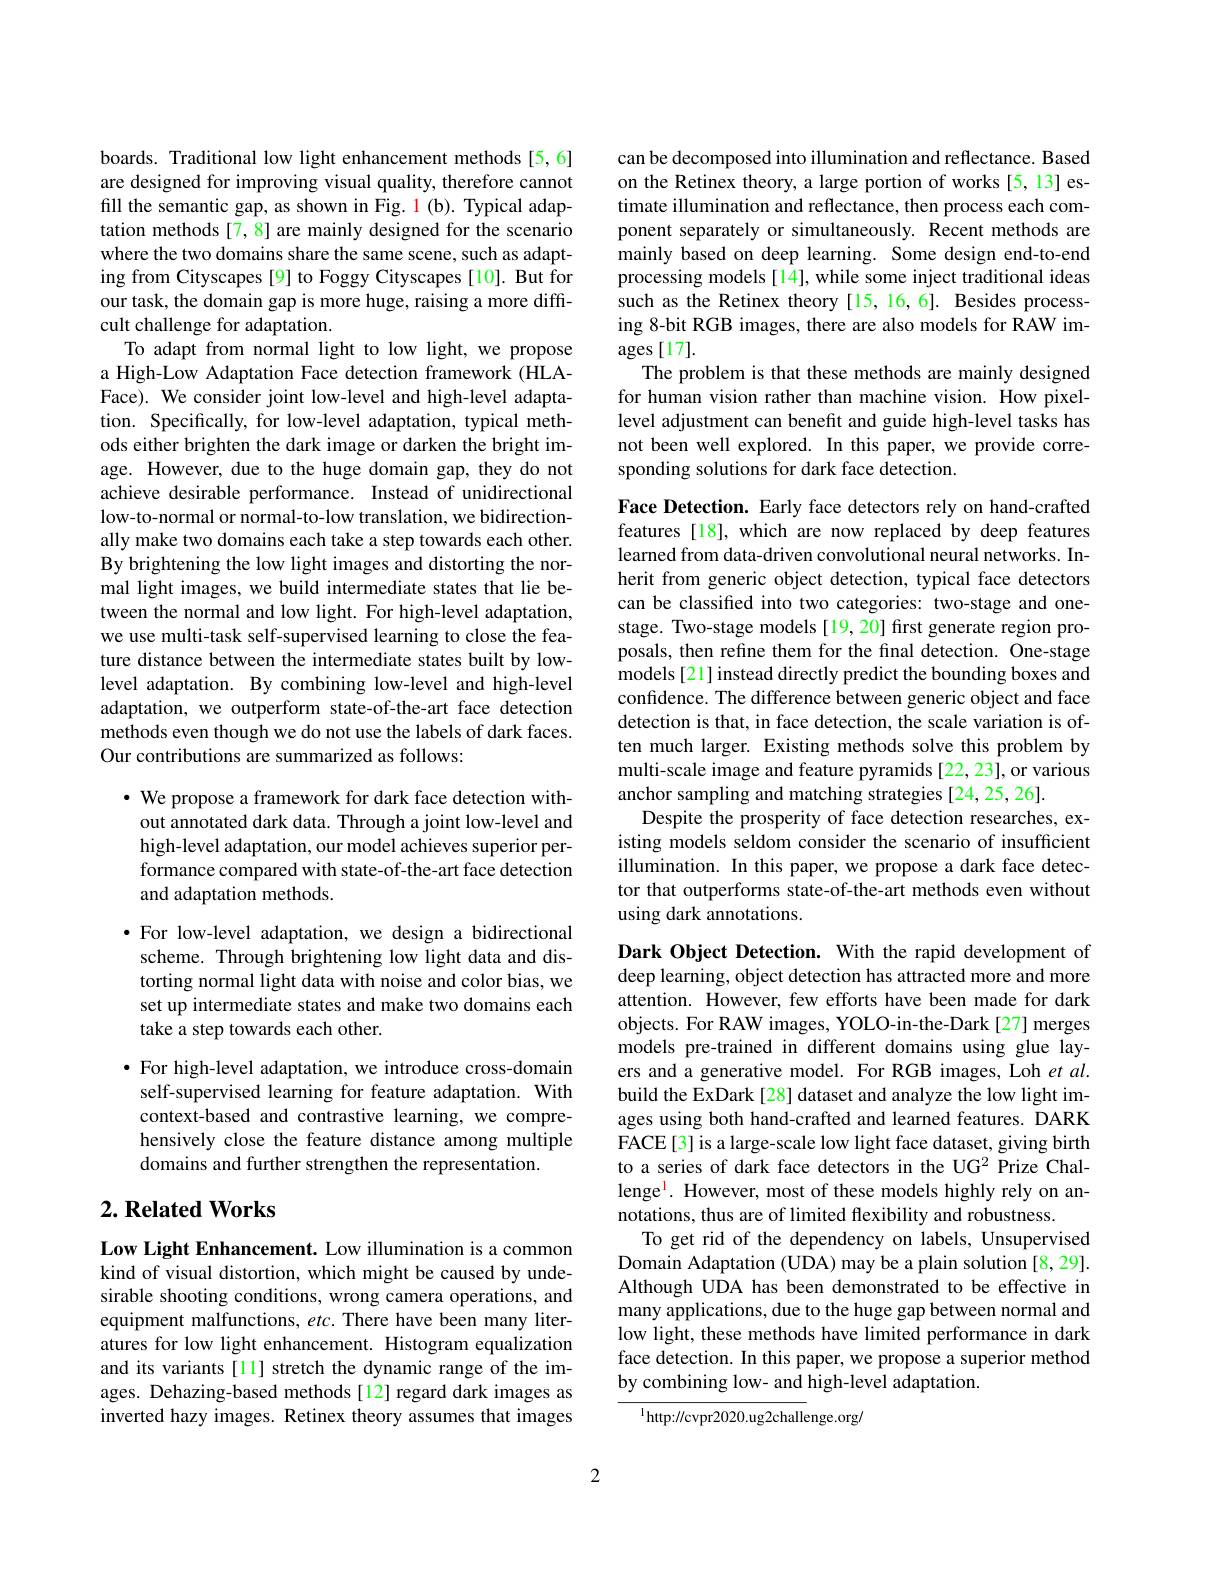
boards. Traditional low light enhancement methods [5,6] are designed for improving visual quality, therefore cannot fill the semantic gap, as shown in Fig. 1 (b). Typical adaptation methods [7,8] are mainly designed for the scenario where the two domains share the same scene, such as adapting from Cityscapes [9] to Foggy Cityscapes [10]. But for our task, the domain gap is more huge, raising a more difficult challenge for adaptation.
To adapt from normal light to low light, we propose a High-Low Adaptation Face detection framework (HLAFace). We consider joint low-level and high-level adaptation. Specifically, for low-level adaptation, typical methods either brighten the dark image or darken the bright image. However, due to the huge domain gap, they do not achieve desirable performance. Instead of unidirectional low-to-normal or normal-to-low translation, we bidirectionally make two domains each take a step towards each other. By brightening the low light images and distorting the normal light images, we build intermediate states that lie between the normal and low light. For high-level adaptation, we use multi-task self-supervised learning to close the feature distance between the intermediate states built by lowlevel adaptation. By combining low-level and high-level adaptation, we outperform state-of-the-art face detection methods even though we do not use the labels of dark faces. Our contributions are summarized as follows:

$\cdot$ We propose a framework for dark face detection without annotated dark data. Through a joint low-level and high-level adaptation, our model achieves superior performance compared with state-of-the-art face detection and adaptation methods.

$\cdot$ For low-level adaptation, we design a bidirectional scheme. Through brightening low light data and distorting normal light data with noise and color bias, we set up intermediate states and make two domains each take a step towards each other.

$\bullet$ For high-level adaptation, we introduce cross-domain self-supervised learning for feature adaptation. With context-based and contrastive learning, we comprehensively close the feature distance among multiple domains and further strengthen the representation.

## $2. \textbf{Related Works}$

Low Light Enhancement. Low illumination is a common kind of visual distortion, which might be caused by undesirable shooting conditions, wrong camera operations, and equipment malfunctions, etc. There have been many literatures for low light enhancement. Histogram equalization and its variants [11] stretch the dynamic range of the images. Dehazing-based methods[12] regard dark images as inverted hazy images. Retinex theory assumes that images

can be decomposed into illumination and reflectance. Based on the Retinex theory, a large portion of works [5,13] estimate illumination and reflectance, then process each component separately or simultaneously. Recent methods are mainly based on deep learning. Some design end-to-end processing models [14], while some inject traditional ideas such as the Retinex theory [15, 16, 6]. Besides processing 8-bit RGB images, there are also models for RAW images[17].
The problem is that these methods are mainly designed for human vision rather than machine vision. How pixellevel adjustment can benefit and guide high-level tasks has not been well explored. In this paper, we provide corresponding solutions for dark face detection.

Face Detection. Early face detectors rely on hand-crafted features [18], which are now replaced by deep features learned from data-driven convolutional neural networks. Inherit from generic object detection, typical face detectors can be classified into two categories: two-stage and onestage. Two-stage models[19,20] first generate region proposals, then refine them for the final detection. One-stage models [21] instead directly predict the bounding boxes and confidence. The difference between generic object and face detection is that, in face detection, the scale variation is often much larger. Existing methods solve this problem by multi-scale image and feature pyramids [22,23], or various anchor sampling and matching strategies [24,25,26].
Despite the prosperity of face detection researches, existing models seldom consider the scenario of insufficient illumination. In this paper, we propose a dark face detector that outperforms state-of-the-art methods even without using dark annotations.

Dark Object Detection. With the rapid development of deep learning, object detection has attracted more and more attention. However, few efforts have been made for dark objects. For RAW images, YOLO-in-the-Dark[27] merges models pre-trained in different domains using glue layers and a generative model. For RGB images, Loh et $al.$ build the ExDark[28] dataset and analyze the low light images using both hand-crafted and learned features. DARK FACE[3] is a large-scale low light face dataset, giving birth to a series of dark face detectors in the UG2 Prize Challenge$^{\mathrm{l}}.$ However, most of these models highly rely on annotations, thus are of limited flexibility and robustness
To get rid of the dependency on labels, Unsupervised Domain Adaptation (UDA) may be a plain solution [8, 29]. Although UDA has been demonstrated to be effective in many applications, due to the huge gap between normal and low light, these methods have limited performance in dark face detection. In this paper, we propose a superior method by combining low- and high-level adaptation.

$^{1}$http://cvpr2020.ug2challenge.org/

2